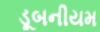
ડૂબનીયમ